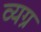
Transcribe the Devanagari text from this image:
व्‍यग्र